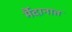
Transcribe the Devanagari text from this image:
र्मैदानात